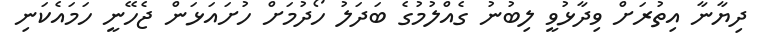
ދިޔާނާ އިތުރަށް ވިދާޅުވީ ލިބުނު ގެއްލުމުގެ ބަދަލު ހޯދުމަށް ހުށައަޅަން ޖެހޭނީ ހަމައެކަނި